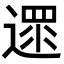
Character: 遝